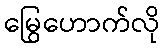
မြွေဟောက်လို